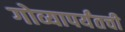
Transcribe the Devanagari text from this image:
गोव्यापर्यंतची